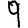
Digit: 9